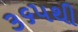
૩૬૫થી